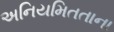
અનિયમિતતાના